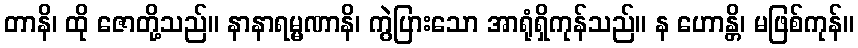
တာနိ၊ ထို ဇောတို့သည်။ နာနာရမ္မဏာနိ၊ ကွဲပြားသော အာရုံရှိကုန်သည်။ န ဟောန္တိ၊ မဖြစ်ကုန်။